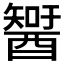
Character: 𨢮